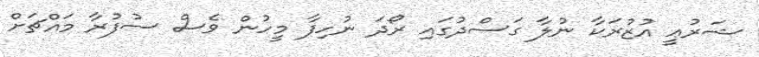
ޝަރުޢީ އުޒުރަކާ ނުލާ ގަސްދުގައި ރޯދަ ނުހިފާ މީހުން ވެސް ސުފުރާ މައްޗަށް